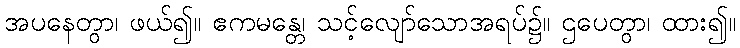
အပနေတွာ၊ ဖယ်၍။ ဧကမန္တေ၊ သင့်လျော်သောအရပ်၌။ ဌပေတွာ၊ ထား၍။